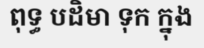
ពុទ្ធ បដិមា ទុក ក្នុង